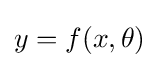
{\textstyle y=f(x,\theta )}